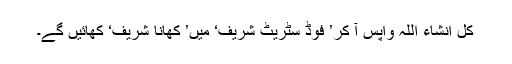
کل انشاء اللہ واپس آ کر’ فوڈ سٹریٹ شریف‘ میں’ کھانا شریف‘ کھائیں گے۔